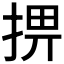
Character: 𢮧